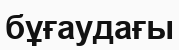
бұғаудағы